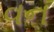
વન